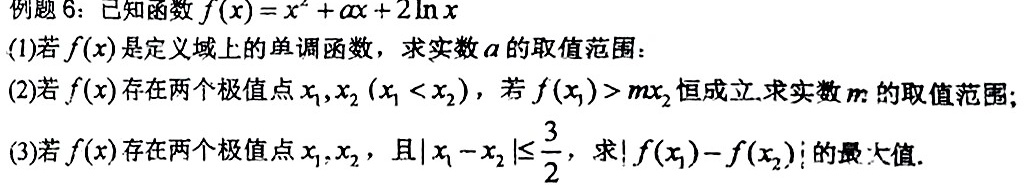
例题 6：已知函数$f(x)=x^{2}+ax + 2\ln x$
(1)若$f(x)$是定义域上的单调函数，求实数$a$的取值范围：
(2)若$f(x)$存在两个极值点$x_{1},x_{2}(x_{1}<x_{2})$，若$f(x_{1})>mx_{2}$恒成立.求实数$m$的取值范围；
(3)若$f(x)$存在两个极值点$x_{1},x_{2}$，且$|x_{1}-x_{2}|\leq\frac{3}{2}$，求$|f(x_{1})-f(x_{2})|$的最大值.